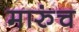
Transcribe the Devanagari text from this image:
मारुंच